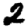
Digit: 2